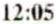
12:05